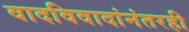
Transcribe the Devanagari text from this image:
वादविवादांनंतरही